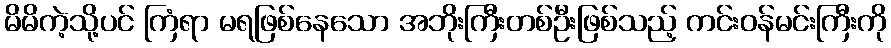
မိမိကဲ့သို့ပင် ကြံရာ မရဖြစ်နေသော အဘိုးကြီးတစ်ဦးဖြစ်သည့် ကင်းဝန်မင်းကြီးကို